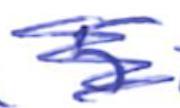
Text: 5
Cross-out: scratch
Writing tool: ballpoint